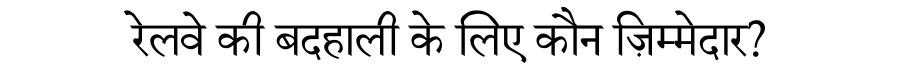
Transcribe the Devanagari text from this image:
रेलवे की बदहाली के लिए कौन ज़िम्मेदार?